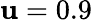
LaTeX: \mathbf{u}=0.9